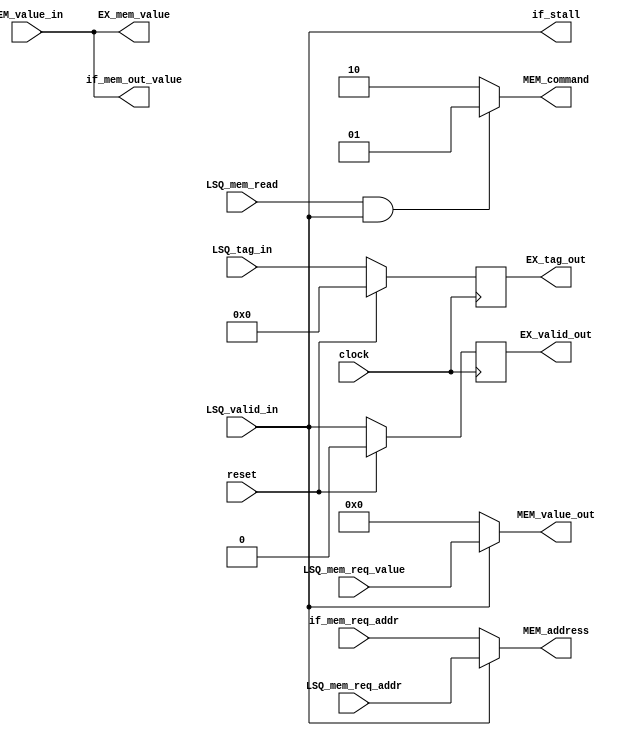
///////////////////////////////////////////////
//                                           //
//                                           //
//  desc: Acts as a barrier between the pipe //
//        and the memory.                    //
//                                           //
///////////////////////////////////////////////
`define SD			   #1

`define BUS_NONE       2'h0
`define BUS_LOAD       2'h1
`define BUS_STORE      2'h2

module memory_arbiter(
	//Inputs
		clock,
		reset,
		//From IF
		if_mem_req_addr,

		//From LSQ	
		LSQ_mem_req_addr,
		LSQ_mem_req_value,
		LSQ_mem_read,
		LSQ_tag_in,
		LSQ_valid_in,

		//From Memory
		MEM_value_in,

	//Outputs
		//To IF
		if_mem_out_value,
		if_stall,

		//To LSQ
		EX_mem_value,
		EX_tag_out,
		EX_valid_out,

		//To Memory
		MEM_address,
		MEM_value_out,
		MEM_command
	);

	//Inputs
		//From IF
input clock;
input reset;

input [63:0] if_mem_req_addr;

		//From LSQ	
input [63:0] LSQ_mem_req_addr;
input [63:0] LSQ_mem_req_value;
input        LSQ_mem_read;
input  [4:0] LSQ_tag_in;
input        LSQ_valid_in;

		//From Memory
input [63:0] MEM_value_in;

	//Outputs
		//To IF
output [63:0] if_mem_out_value;
output        if_stall;

		//To EX
output [63:0] EX_mem_value;
output  [4:0] EX_tag_out;
output        EX_valid_out;

		//To Memory
output [63:0] MEM_address;
output [63:0] MEM_value_out;
output  [1:0] MEM_command;

reg LSQ_valid;
reg [4:0] LSQ_tag;

assign MEM_address = (LSQ_valid_in) ? LSQ_mem_req_addr: if_mem_req_addr;

assign MEM_value_out = (LSQ_valid_in) ? LSQ_mem_req_value: 64'h0;

assign MEM_command = (LSQ_mem_read & LSQ_valid_in) ? `BUS_LOAD: `BUS_STORE;

assign if_stall = LSQ_valid_in;

assign EX_mem_value = MEM_value_in;
assign if_mem_out_value = MEM_value_in;

assign EX_valid_out = LSQ_valid;
assign EX_tag_out = LSQ_tag;

always @(posedge clock) begin
	if(reset) begin
		LSQ_valid <= `SD 1'b0;
		LSQ_tag <= `SD 5'h0;
	end
	else begin
		LSQ_valid <= `SD LSQ_valid_in;
		LSQ_tag <= `SD LSQ_tag_in;
	end
end

endmodule